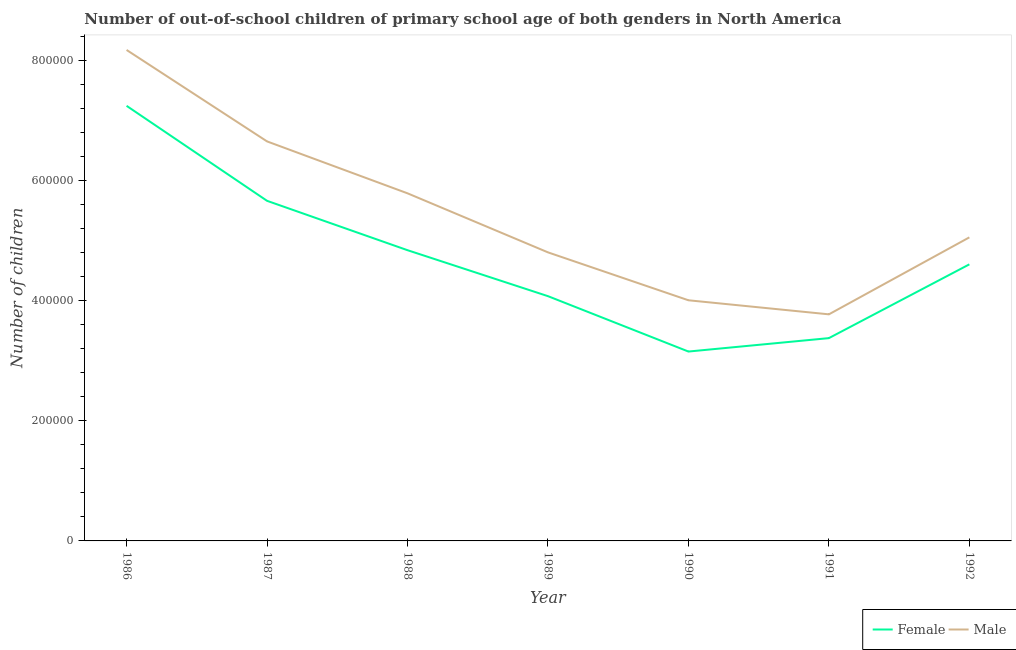
| Year | Female | Male |
 | --- | --- | --- |
 | 1986 | 7.24e+05 | 8.17e+05 |
 | 1987 | 5.66e+05 | 6.65e+05 |
 | 1988 | 4.84e+05 | 5.78e+05 |
 | 1989 | 4.07e+05 | 4.8e+05 |
 | 1990 | 3.15e+05 | 4e+05 |
 | 1991 | 3.37e+05 | 3.77e+05 |
 | 1992 | 4.6e+05 | 5.05e+05 |